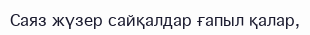
Саяз жүзер сайқалдар ғапыл қалар,